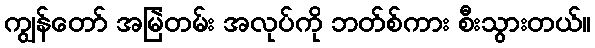
ကျွန်တော် အမြဲတမ်း အလုပ်ကို ဘတ်စ်ကား စီးသွားတယ်။